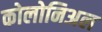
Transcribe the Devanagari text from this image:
कोलोनिअल